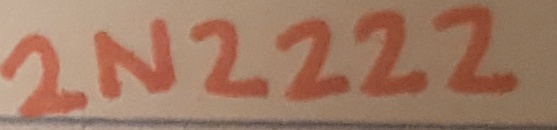
Text: 2N2222